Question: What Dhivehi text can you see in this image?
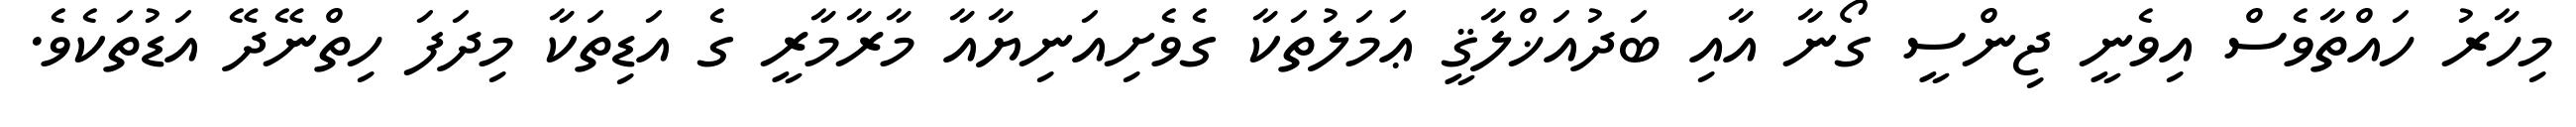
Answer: މިހާރު ހައްތާވެސް އިވެނީ ޖިންސީ ގޯނާ އާއި ބަދުއަޚްލާޤީ ޢަމަލުތަކާ ގެވެށިއަނިޔާއާ މާރާމާރީ ގެ އަޑިތަކާ މިދަފަ ހިތްނޭދޭ އަޑުތަކެވެ.